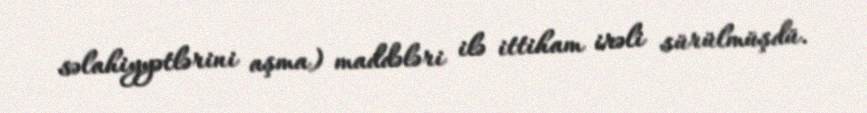
səlahiyyətlərini aşma) maddələri ilə ittiham irəli sürülmüşdü.